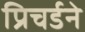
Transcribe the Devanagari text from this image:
प्रिचर्डने